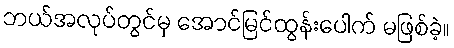
ဘယ်အလုပ်တွင်မှ အောင်မြင်ထွန်းပေါက် မဖြစ်ခဲ့။